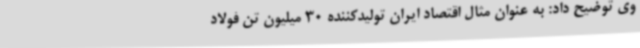
وی توضیح داد: به عنوان مثال اقتصاد ایران تولیدکننده 30 میلیون تن فولاد